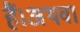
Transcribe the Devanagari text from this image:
हैं।अथवा